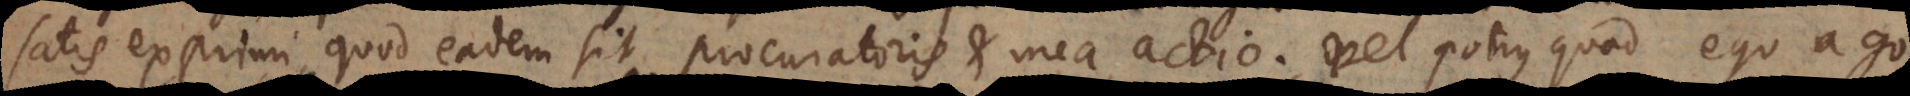
satis exprimi, quod eadem sit procuratoris et mea actio, vel potius quod ego ago